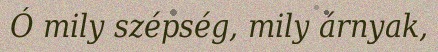
Ó mily szépség, mily árnyak,